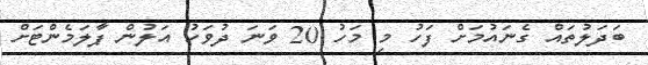
ބަދަލުތައް ގެނައުމަށް ފަހު މި މަހު 20 ވަނަ ދުވަހު އަލުން ޕާލަމެންޓަށް